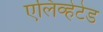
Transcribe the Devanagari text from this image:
एलिव्हेटेड